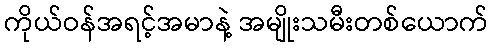
ကိုယ်ဝန်အရင့်အမာနဲ့ အမျိုးသမီးတစ်ယောက်